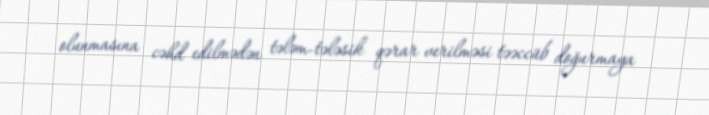
olunmasına cəhd edilmədən tələm-tələsik qərar verilməsi təəccüb doğurmaya